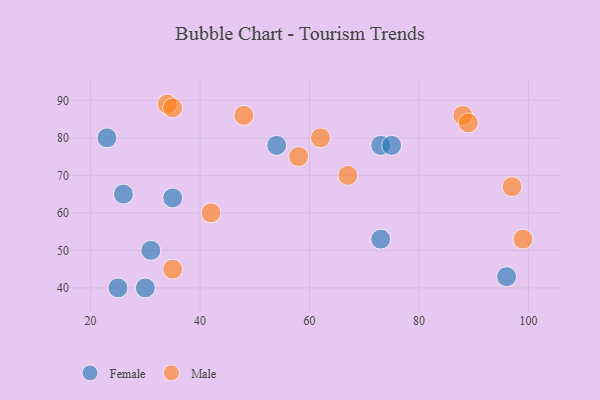
{"axis": {"x": "GDP", "y": "Life Expectancy"}, "legend": ["Female", "Male"], "data": [{"x": "73", "y": 78, "type": "Female"}, {"x": "54", "y": 78, "type": "Female"}, {"x": "75", "y": 78, "type": "Female"}, {"x": "26", "y": 65, "type": "Female"}, {"x": "35", "y": 64, "type": "Female"}, {"x": "96", "y": 43, "type": "Female"}, {"x": "25", "y": 40, "type": "Female"}, {"x": "73", "y": 53, "type": "Female"}, {"x": "31", "y": 50, "type": "Female"}, {"x": "23", "y": 80, "type": "Female"}, {"x": "30", "y": 40, "type": "Female"}, {"x": "48", "y": 86, "type": "Male"}, {"x": "88", "y": 86, "type": "Male"}, {"x": "89", "y": 84, "type": "Male"}, {"x": "35", "y": 45, "type": "Male"}, {"x": "34", "y": 89, "type": "Male"}, {"x": "35", "y": 88, "type": "Male"}, {"x": "67", "y": 70, "type": "Male"}, {"x": "42", "y": 60, "type": "Male"}, {"x": "97", "y": 67, "type": "Male"}, {"x": "58", "y": 75, "type": "Male"}, {"x": "62", "y": 80, "type": "Male"}, {"x": "99", "y": 53, "type": "Male"}]}